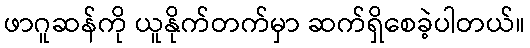
ဖာဂူဆန်ကို ယူနိုက်တက်မှာ ဆက်ရှိစေခဲ့ပါတယ်။